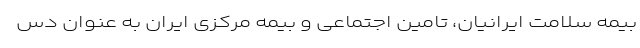
بیمه سلامت ایرانیان، تامین اجتماعی و بیمه مرکزی ایران به عنوان دس